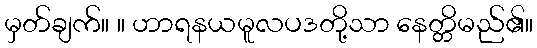
မှတ်ချက်။ ။ ဟာရနယမူလပဒတို့သာ နေတ္တိမည်၏။